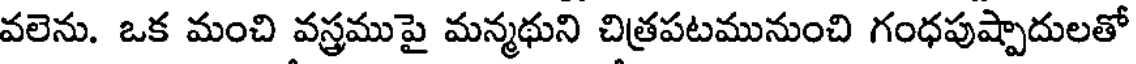
వలెను. ఒక మంచి వస్త్రముపై మన్మథుని చిత్రపటమునుంచి గంధపుష్పాదులతో